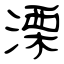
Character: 溧